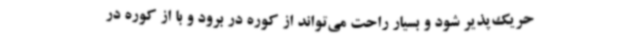
حریک‌پذیر شود و بسیار راحت می‌تواند از کوره در برود و با از کوره در